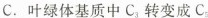
C.叶绿体基质中C_{3}转变成C_{5}